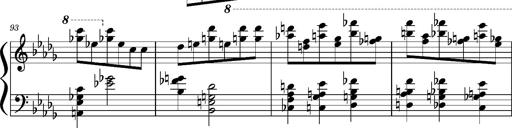
Title: Concerto sans orchestre, S.524a
Composer: Franz Liszt
Key: A major